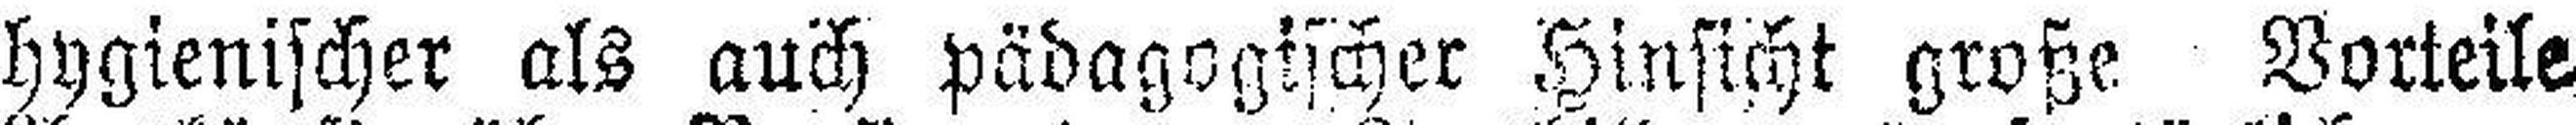
hygienischer als auch pädagogischer Hinsicht große Vorteile